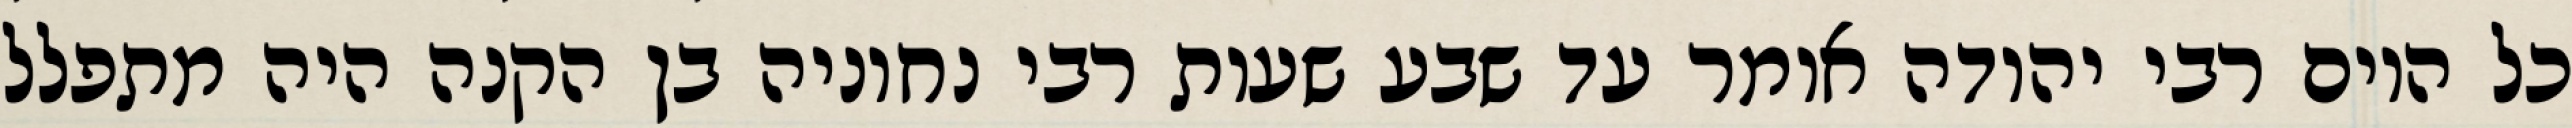
כל היום רבי יהודה אומר עד שבע שעות רבי נחוניה בן הקנה היה מתפלל